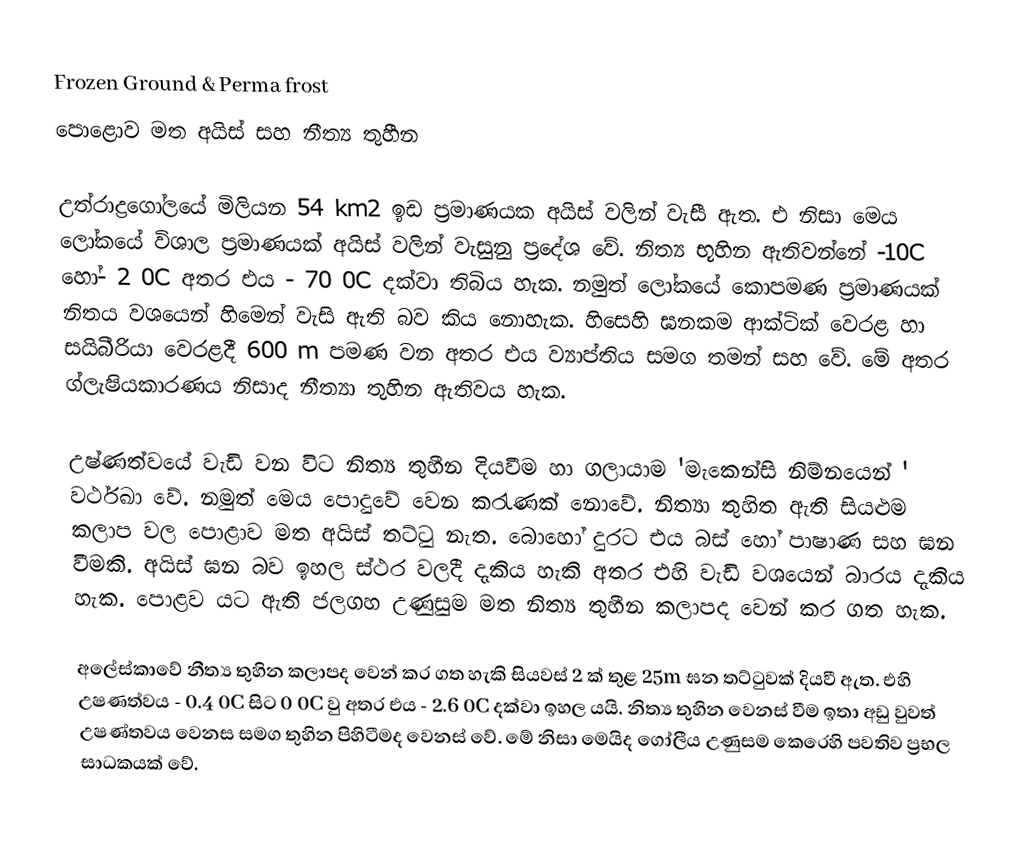
Frozen Ground & Perma frost
පොළොව මත අයිස් සහ නීත්‍ය තුහීන

උත්රාද්‍රගෝලයේ මිලියන 54 km2 ඉඩ ප්‍රමාණයක අයිස් වලින් වැසී ඇත. එ නිසා මෙය ලෝකයේ විශාල ප්‍රමාණයක් අයිස් වලින් වැසුනු ප්‍රදේශ වේ. නිත්‍ය භූහින ඇතිවන්නේ -10C  හෝ- 2 0C අතර එය - 70 0C  දක්වා තිබිය හැක. නමුත් ලෝකයේ කොපමණ ප්‍රමාණයක් නිතය වශයෙන් හිමෙන් වැසි ඇති බව කිය ‍නොහැක. හිසෙහි ඝනකම ආක්ටික් වෙරළ හා සයිබීරියා වෙරළදී 600 m පමණ වන අතර එය ව්‍යාප්තිය සමග තමන් සහ  වේ. මේ අතර ග්ලැෂියකාරණය නිසාද නීත්‍යා තුහින ඇතිවය හැක.

	උෂ්ණත්වයේ වැඩි වන විට නිත්‍ය තුහීන දියවීම හා ගලායාම 'මැකෙන්සි නිම්නයෙන් ' වර්ථඛා වේ. නමුත් මෙය පොදුවේ වෙන කරැණක් නොවේ. නිත්‍යා තුහිත ඇති සියළුම කලාප වල පොළාව මත අයිස් තට්ටු නැත. බොහෝ දුරට එය බස් හෝ පාෂාණ සහ ඝන වීමකි. අයිස් ඝන බව ඉහල ස්ථර වලදී දැකිය හැකි අතර එහි වැඩි වශයෙන් බාරය දැකිය හැක. පොළව යට ඇති ජලගහ උණුසුම මත නිත්‍ය තුහීන කලාපද වෙන් කර ගත හැක.

	අලේස්කාවේ නීත්‍ය තුහින කලාපද වෙන් කර ගත හැකි සියවස් 2 ක් තුළ 25m ඝන තට්ටුවක් දියවී ඇත. එහි උෂණත්වය - 0.4 0C  සිට 0 0C  වු අතර එය - 2.6 0C  දක්වා ඉහල යයි. නිත්‍ය තුහින වෙනස් වීම ඉතා අඩු වුවත් උෂණ්තවය වෙනස සමග තුහින පිහිටීමද වෙනස් වේ. මේ නිසා මෙයිද ගෝලීය උණුසම කෙරෙහි පවතිව ප්‍රභල සාධකයක් වේ.